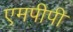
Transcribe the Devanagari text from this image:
एमपीपी